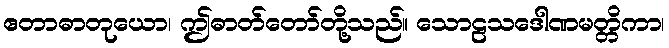
ဧတာဓာတုယော၊ ဤဓာတ်တော်တို့သည်။ သောဠသဒေါဏမတ္တိကာ၊